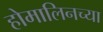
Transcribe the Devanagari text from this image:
होमालिनच्या